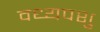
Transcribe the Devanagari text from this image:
वध्यपशु